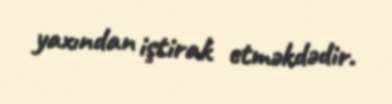
yaxından iştirak etməkdədir.